Scientific memoirs by medical officers of the Army of India - Part II,
Year: 1886
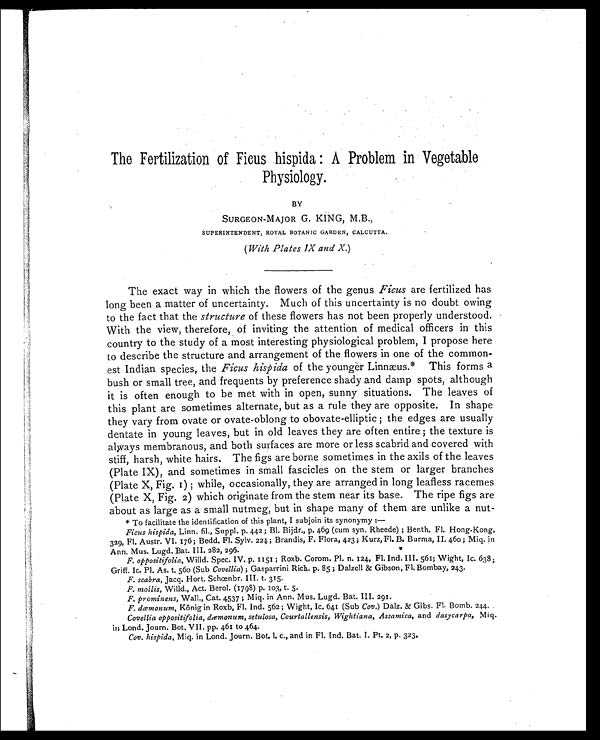
The Fertilization of Ficus hispida: A Problem in Vegetable
Physiology.
BY
SURGEON-MAJOR G. KING, M.B.,
SUPERINTENDENT, ROYAL BOTANIC GARDEN, CALCUTTA.
(With Plates IX and X.)
The exact way in which the flowers of the genus Ficus are fertilized has
long been a matter of uncertainty. Much of this uncertainty is no doubt owing
to the fact that the structure of these flowers has not been properly understood.
With the view, therefore, of inviting the attention of medical officers in this
country to the study of a most interesting physiological problem, I propose here
to describe the structure and arrangement of the flowers in one of the common-
est Indian species, the Ficus hispida of the younger Linnæus.* This forms a
bush or small tree, and frequents by preference shady and damp spots, although
it is often enough to be met with in open, sunny situations. The leaves of
this plant are sometimes alternate, but as a rule they are opposite. In shape
they vary from ovate or ovate-oblong to obovate-elliptic; the edges are usually
dentate in young leaves, but in old leaves they are often entire; the texture is
always membranous, and both surfaces are more or less scabrid and covered with
stiff, harsh, white hairs. The figs are borne sometimes in the axils of the leaves
(Plate IX), and sometimes in small fascicles on the stem or larger branches
(Plate X, Fig. I) ; while, occasionally, they are arranged in long leafless racemes
(Plate X, Fig. 2) which originate from the stem near its base. The ripe figs are
about as large as a small nutmeg, but in shape many of them are unlike a nut-
* To facilitate the identification of this plant, I subjoin its synonymy: -
Ficus hispida, Linn. fil., suppl. p. 442; B1. p. 469 (cum syn. Rheede) ; Benth. Fl. Hong-Kong,
329, Fl. Austr. VI. 176; Bedd. Fl. sylv. 224; Brandis, F. Flora, 423; Kurz, Fl. B. Burma, II. 460; Miq. in
Ann. Mus. Lugd. Bat. III. 282, 296.
F. oppositifolia, Willd. Spec. IV. p. 1151; Roxb. Corom. P1. n. 124, Fl. Ind. III. 561; Wight, Ic. 638;
Gruff. Ic. P1. As. t, 56o (Sub Covellia) ; Gasparrini Rich. p. 85; Dalzell & Gibson, FL Bombay, 243.
F. scabra, Jacq. Hort. Schcenbr. III. t. 315.
F. mollis, Willd., Act. Berol. (1798) p. 103, t. 5.
F. prominens, Wall., Cat. 4537; Miq. in Ann. Mus. Lugd. Bat. III. 291.
F. dæmonum, König in Roxb, Fl. Ind. 562; Wight, Ic. 641 (Sub Cov.) Dalz. & Gibs. Fl. Bomb. 244.
Covellia oppositifolia, dæmonum, setulosa, Courtallensis, Wightiana, Assamica, and dasycarpa, Miq.
in Lond. Journ. Bot. VII. pp. 461 to 464.
Cov. hispida, Miq. in Lond. Journ. Bot. 1. c., and in Fl. Ind, Bat. I. Pt. 2, p. 323.